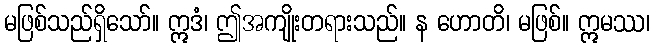
မဖြစ်သည်ရှိသော်။ ဣဒံ၊ ဤအကျိုးတရားသည်။ န ဟောတိ၊ မဖြစ်။ ဣမဿ၊